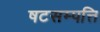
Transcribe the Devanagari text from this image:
षटसम्पत्ति